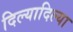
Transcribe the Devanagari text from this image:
दिल्यादिल्या